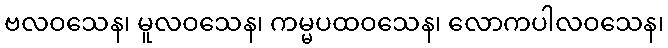
ဗလဝသေန၊ မူလဝသေန၊ ကမ္မပထဝသေန၊ လောကပါလဝသေန၊